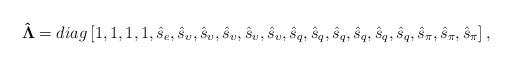
\begin{align*}{\bf{\hat \Lambda }} = diag\left[ {1,1,1,1,{{\hat s}_e},{{\hat s}_\upsilon },{{\hat s}_\upsilon },{{\hat s}_\upsilon },{{\hat s}_\upsilon },{{\hat s}_\upsilon },{{\hat s}_q},{{\hat s}_q},{{\hat s}_q},{{\hat s}_q},{{\hat s}_q},{{\hat s}_q},{{\hat s}_\pi },{{\hat s}_\pi },{{\hat s}_\pi }} \right],\end{align*}